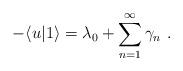
LaTeX: \begin{align*}- \langle u | 1 \rangle=\lambda_0+\sum_{n=1}^\infty \gamma_n\ .\end{align*}